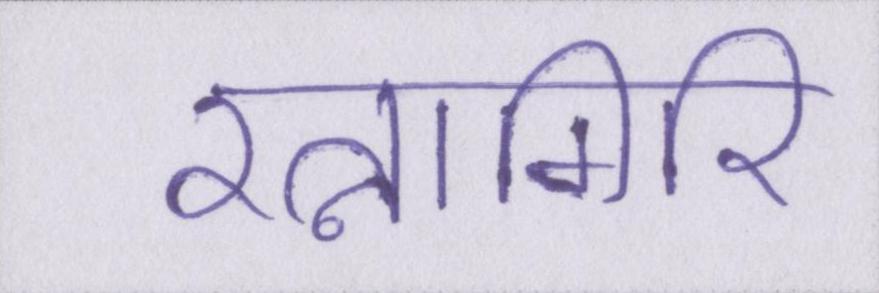
रत्नागिरि